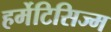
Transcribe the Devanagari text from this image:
हर्मेटिसिज्म